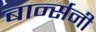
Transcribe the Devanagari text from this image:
बार्न्सनी